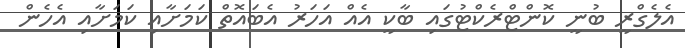
އެލެގްރީ ބުނީ ކޮންޓްރެކްޓުގައި ބާކީ އެއް އަހަރު އެބައޮތް ކަމަށާއި ކަމަށާއި އެހެން